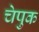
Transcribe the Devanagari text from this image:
चेपुक